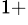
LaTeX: ^{1+}